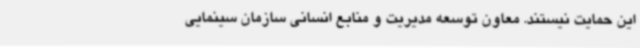
این حمایت نیستند. معاون توسعه مدیریت و منابع انسانی سازمان سینمایی